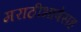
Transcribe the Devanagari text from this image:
मराठीभाषेसह